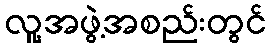
လူ့အဖွဲ့အစည်းတွင်